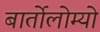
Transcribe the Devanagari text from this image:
बार्तोलोम्यो